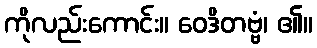
ကိုလည်းကောင်း။ ဝေဒိတဗ္ဗံ၊ ၏။